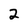
Character: 2